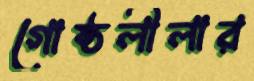
গোষ্ঠলীলার